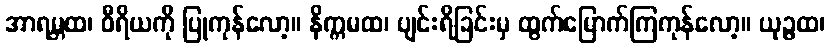
အာရမ္ဘထ၊ ဝီရိယကို ပြုကုန်လော့။ နိက္ကမထ၊ ပျင်းရိခြင်းမှ ထွက်မြောက်ကြကုန်လော့။ ယုဉ္ဇထ၊